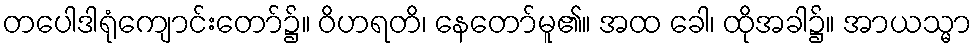
တပေါဒါရုံကျောင်းတော်၌။ ဝိဟရတိ၊ နေတော်မူ၏။ အထ ခေါ၊ ထိုအခါ၌။ အာယသ္မာ